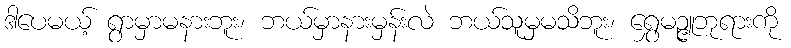
ဒါပေမယ့် ရွာမှာမနားဘူး၊ ဘယ်မှာနားမှန်းလဲ ဘယ်သူမှမသိဘူး၊ ရွှေမဉ္ဇူဘုရားကို